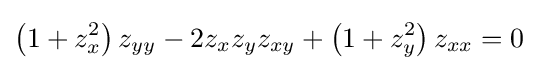
\left(1+z_{x}^{2}\right)z_{yy}-2z_{x}z_{y}z_{xy}+\left(1+z_{y}^{2}\right)z_{xx}=0